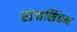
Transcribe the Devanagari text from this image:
राजसिंहन